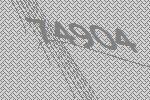
74904